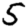
Digit: 5